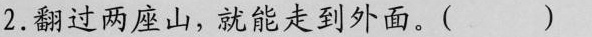
2.翻过两座山，就能走到外面。( )